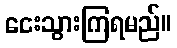
ငေးသွားကြရမည်။